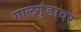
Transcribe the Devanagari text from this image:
गालगुंडावर